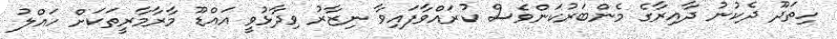
ހިތަދޫ ދެކުނު ދާއިރާގެ މެންބަރުކަންވެސް ކުރައްވާފައިވާ ނިޒާރު ވިދާޅުވީ އައްޑޫ މާރާމާރީތަކަށް ހައްލު